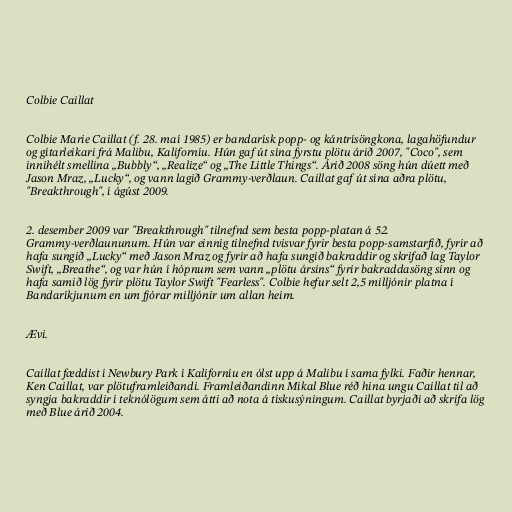
Colbie Caillat

Colbie Marie Caillat (f. 28. maí 1985) er bandarísk popp- og kántrísöngkona, lagahöfundur
og gítarleikari frá Malibu, Kaliforníu. Hún gaf út sína fyrstu plötu árið 2007, "Coco", sem
innihélt smellina „Bubbly“, „Realize“ og „The Little Things“. Árið 2008 söng hún dúett með
Jason Mraz, „Lucky“, og vann lagið Grammy-verðlaun. Caillat gaf út sína aðra plötu,
"Breakthrough", í ágúst 2009.

2. desember 2009 var "Breakthrough" tilnefnd sem besta popp-platan á 52.
Grammy-verðlaununum. Hún var einnig tilnefnd tvisvar fyrir besta popp-samstarfið, fyrir að
hafa sungið „Lucky“ með Jason Mraz og fyrir að hafa sungið bakraddir og skrifað lag Taylor
Swift, „Breathe“, og var hún í hópnum sem vann „plötu ársins“ fyrir bakraddasöng sinn og
hafa samið lög fyrir plötu Taylor Swift "Fearless". Colbie hefur selt 2,5 milljónir platna í
Bandaríkjunum en um fjórar milljónir um allan heim.

Ævi.

Caillat fæddist í Newbury Park í Kaliforníu en ólst upp á Malibu í sama fylki. Faðir hennar,
Ken Caillat, var plötuframleiðandi. Framleiðandinn Mikal Blue réð hina ungu Caillat til að
syngja bakraddir í teknólögum sem átti að nota á tískusýningum. Caillat byrjaði að skrifa lög
með Blue árið 2004.